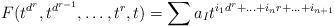
LaTeX: \begin{align*} F(t^{d^r},t^{d^{r-1}},\ldots, t^r,t)=\sum a_I t^{i_1d^r+\ldots+ i_nr+\ldots +i_{n+1}} \end{align*}